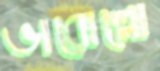
ভারোল্লো